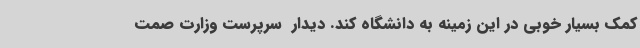
کمک بسیار خوبی در این زمینه به دانشگاه کند. دیدار  سرپرست وزارت صمت